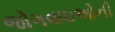
જોગવાઇઓની